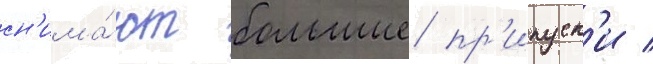
сн'има́ют большие пр'ипуск'и /